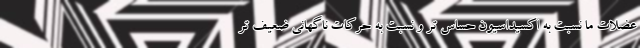
عضلات ما نسبت به اکسیداسیون حساس تر و نسبت به حرکات ناگهانی ضعیف تر